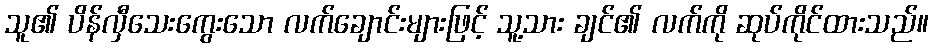
သူ၏ ပိန်လှီသေးကွေးသော လက်ချောင်းများဖြင့် သူ့သား ချင်၏ လက်ကို ဆုပ်ကိုင်ထားသည်။